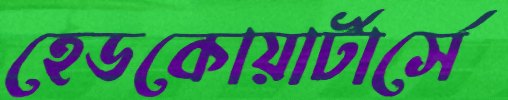
হেডকোয়ার্টার্সে